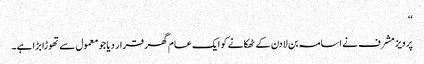
‘‘
پرویز مشرف نے اسامہ بن لادن کے ٹھکانے کو ایک عام گھر قرار دیا جو معمول سے تھوڑا بڑا ہے۔